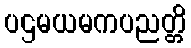
ပဌမယမကပညတ္တိ